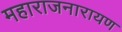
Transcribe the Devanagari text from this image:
महाराजनारायण